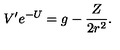
V ^ { \prime } e ^ { - U } = g - \frac { Z } { 2 r ^ { 2 } } .